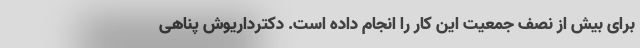
برای بیش از نصف جمعیت این کار را انجام داده است. دکترداریوش پناهی